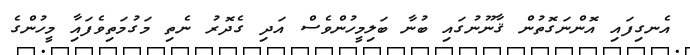
އެނގިފައި އޮންނަގޮތުން ޤާނޫނުގައި ބުނާ ބަލިމީހުންވެސް އަދި ގެދޮރު ނެތި މަގުމަތިވެފައިާ މީހުންގެ